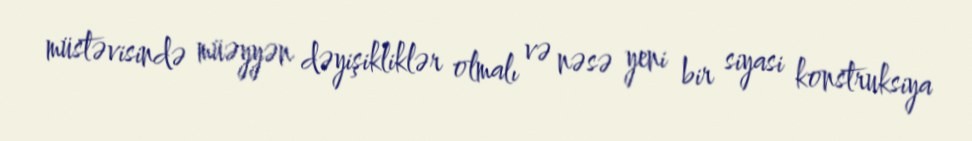
müstəvisində müəyyən dəyişikliklər olmalı və nəsə yeni bir siyasi konstruksiya